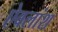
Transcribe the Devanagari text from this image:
ऐवलांश